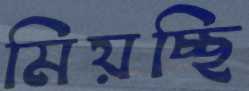
মিয়চ্ছি